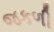
જકળી